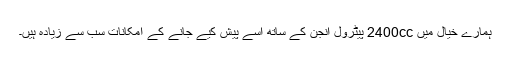
ہمارے خیال میں 2400cc پیٹرول انجن کے ساتھ اسے پیش کیے جانے کے امکانات سب سے زیادہ ہیں۔